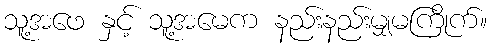
သူ့အဖေ နှင့် သူ့အမေက နည်းနည်းမျှမကြိုက်။